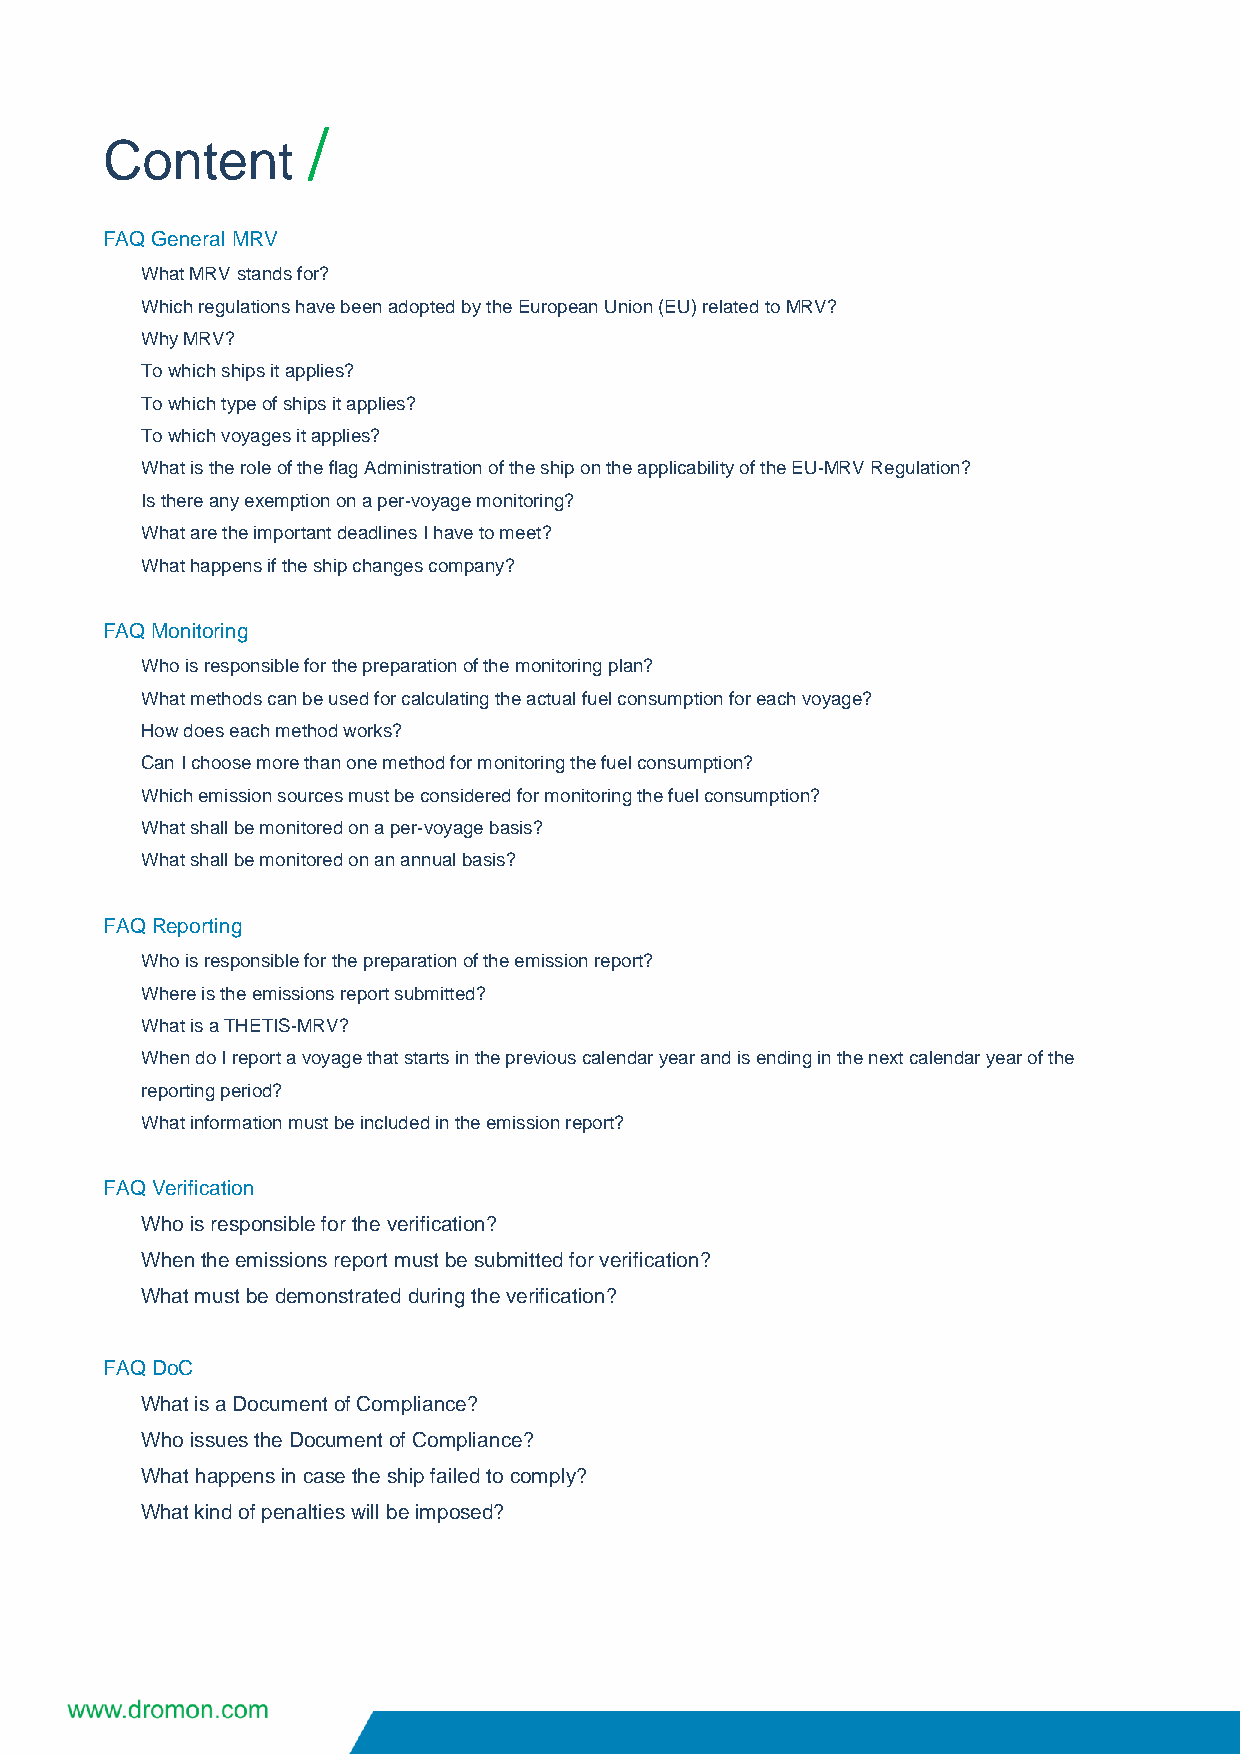
/
 Content
 FAQ General MRV
 What MRV stands for?
 Which regulations have been adopted by the European Union (EU) related to MRV?
 Why MRV?
 To which ships it applies?
 To which type of ships it applies?
 To which voyages it applies?
 What is the role of the flag Administration of the ship on the applicability of the EU-MRV Regulation?
 Is there any exemption on a per-voyage monitoring?
 What are the important deadlines I have to meet?
 What happens if the ship changes company?
 FAQ Monitoring
 Who is responsible for the preparation of the monitoring plan?
 What methods can be used for calculating the actual fuel consumption for each voyage?
 How does each method works?
 Can I choose more than one method for monitoring the fuel consumption?
 Which emission sources must be considered for monitoring the fuel consumption?
 What shall be monitored on a per-voyage basis?
 What shall be monitored on an annual basis?
 FAQ Reporting
 Who is responsible for the preparation of the emission report?
 Where is the emissions report submitted?
 What is a THETIS-MRV?
 When do I report a voyage that starts in the previous calendar year and is ending in the next calendar year of the
 reporting period?
 What information must be included in the emission report?
 FAQ Verification
 Who is responsible for the verification?
 When the emissions report must be submitted for verification?
 What must be demonstrated during the verification?
 FAQ DoC
 What is a Document of Compliance?
 Who issues the Document of Compliance?
 What happens in case the ship failed to comply?
 What kind of penalties will be imposed?